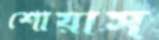
শোয়াস